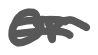
Text: or
Cross-out: double-line
Writing tool: digital_gray